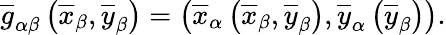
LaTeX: {\overline{{g}}}_{\alpha\beta}\left({\overline{{x}}}_{\beta},{\overline{{y}}}_{\beta}\right)=\left({\overline{{x}}}_{\alpha}\left({\overline{{x}}}_{\beta},{\overline{{y}}}_{\beta}\right),{\overline{{y}}}_{\alpha}\left({\overline{{y}}}_{\beta}\right)\right).